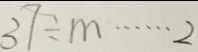
3 7 \div m \cdots 2